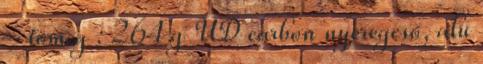
- tömeg : 264 g UD carbon nyeregcső, alu